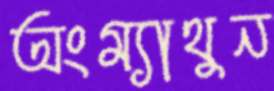
অংম্যাথুন